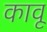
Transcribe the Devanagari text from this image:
कावू